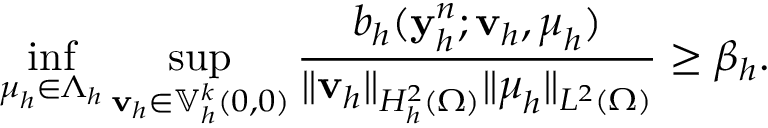
\operatorname* { i n f } _ { \boldsymbol { \mu } _ { h } \in \Lambda _ { h } } \operatorname* { s u p } _ { \mathbf { v } _ { h } \in \mathbb { V } _ { h } ^ { k } ( \boldsymbol { 0 } , \boldsymbol { 0 } ) } \frac { b _ { h } ( \mathbf { y } _ { h } ^ { n } ; \mathbf { v } _ { h } , \boldsymbol { \mu } _ { h } ) } { \| \mathbf { v } _ { h } \| _ { H _ { h } ^ { 2 } ( \Omega ) } \| \boldsymbol { \mu } _ { h } \| _ { L ^ { 2 } ( \Omega ) } } \ge \beta _ { h } .